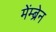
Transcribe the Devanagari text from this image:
मेंम्ब्रेन